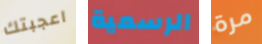
اعجبتك الرسمية مرة